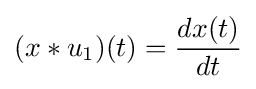
(x*u_{1})(t)={\frac {dx(t)}{dt}}